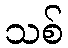
သစ်